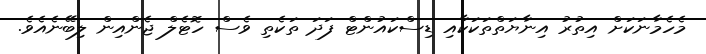
މެހެމާނަކަށް އިތުރު އިނާޔަތްތަކަކާއި ޑިސްކައުންޓް ފަދަ ތަކެތި ވެސް ހޮޓެލް ޖެންއިން ލިބޭނެއެވެ.